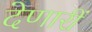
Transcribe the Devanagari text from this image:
देणारीं